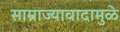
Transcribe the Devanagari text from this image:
साम्राज्यावादामुळे